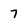
Character: 7